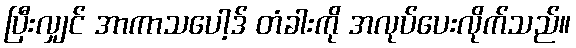
ပြီးလျှင် အာကာသပေါ့ဒ် တံခါးကို အလုပ်ပေးလိုက်သည်။